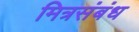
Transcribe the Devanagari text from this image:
मित्रसंबंध